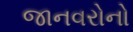
જાનવરોનો